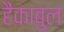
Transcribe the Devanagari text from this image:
हैंकाबुल